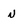
Character: n